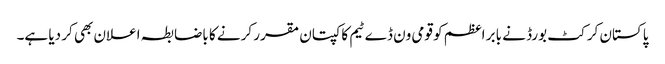
پاکستان کرکٹ بورڈ نے بابر اعظم کو قومی ون ڈے ٹیم کا کپتان مقرر کرنے کا باضابطہ اعلان بھی کر دیا ہے۔